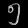
Digit: ၅